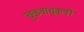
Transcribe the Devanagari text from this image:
चुकवाचुकवी